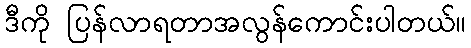
ဒီကို ပြန်လာရတာအလွန်ကောင်းပါတယ်။